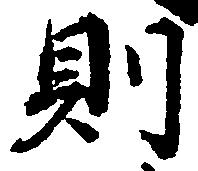
則